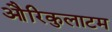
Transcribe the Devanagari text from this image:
औरिकुलाटम